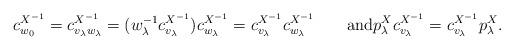
LaTeX: \begin{align*}c^{X^{-1}}_{w_0} = c^{X^{-1}}_{v_\lambda w_\lambda} = (w^{-1}_\lambda c^{X^{-1}}_{v_\lambda}) c^{X^{-1}}_{w_\lambda}= c^{X^{-1}}_{v_\lambda} c^{X^{-1}}_{w_\lambda}\qquad\hbox{and}p_\lambda^X c^{X^{-1}}_{v_\lambda} = c^{X^{-1}}_{v_\lambda} p^X_\lambda.\end{align*}